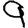
Digit: 9